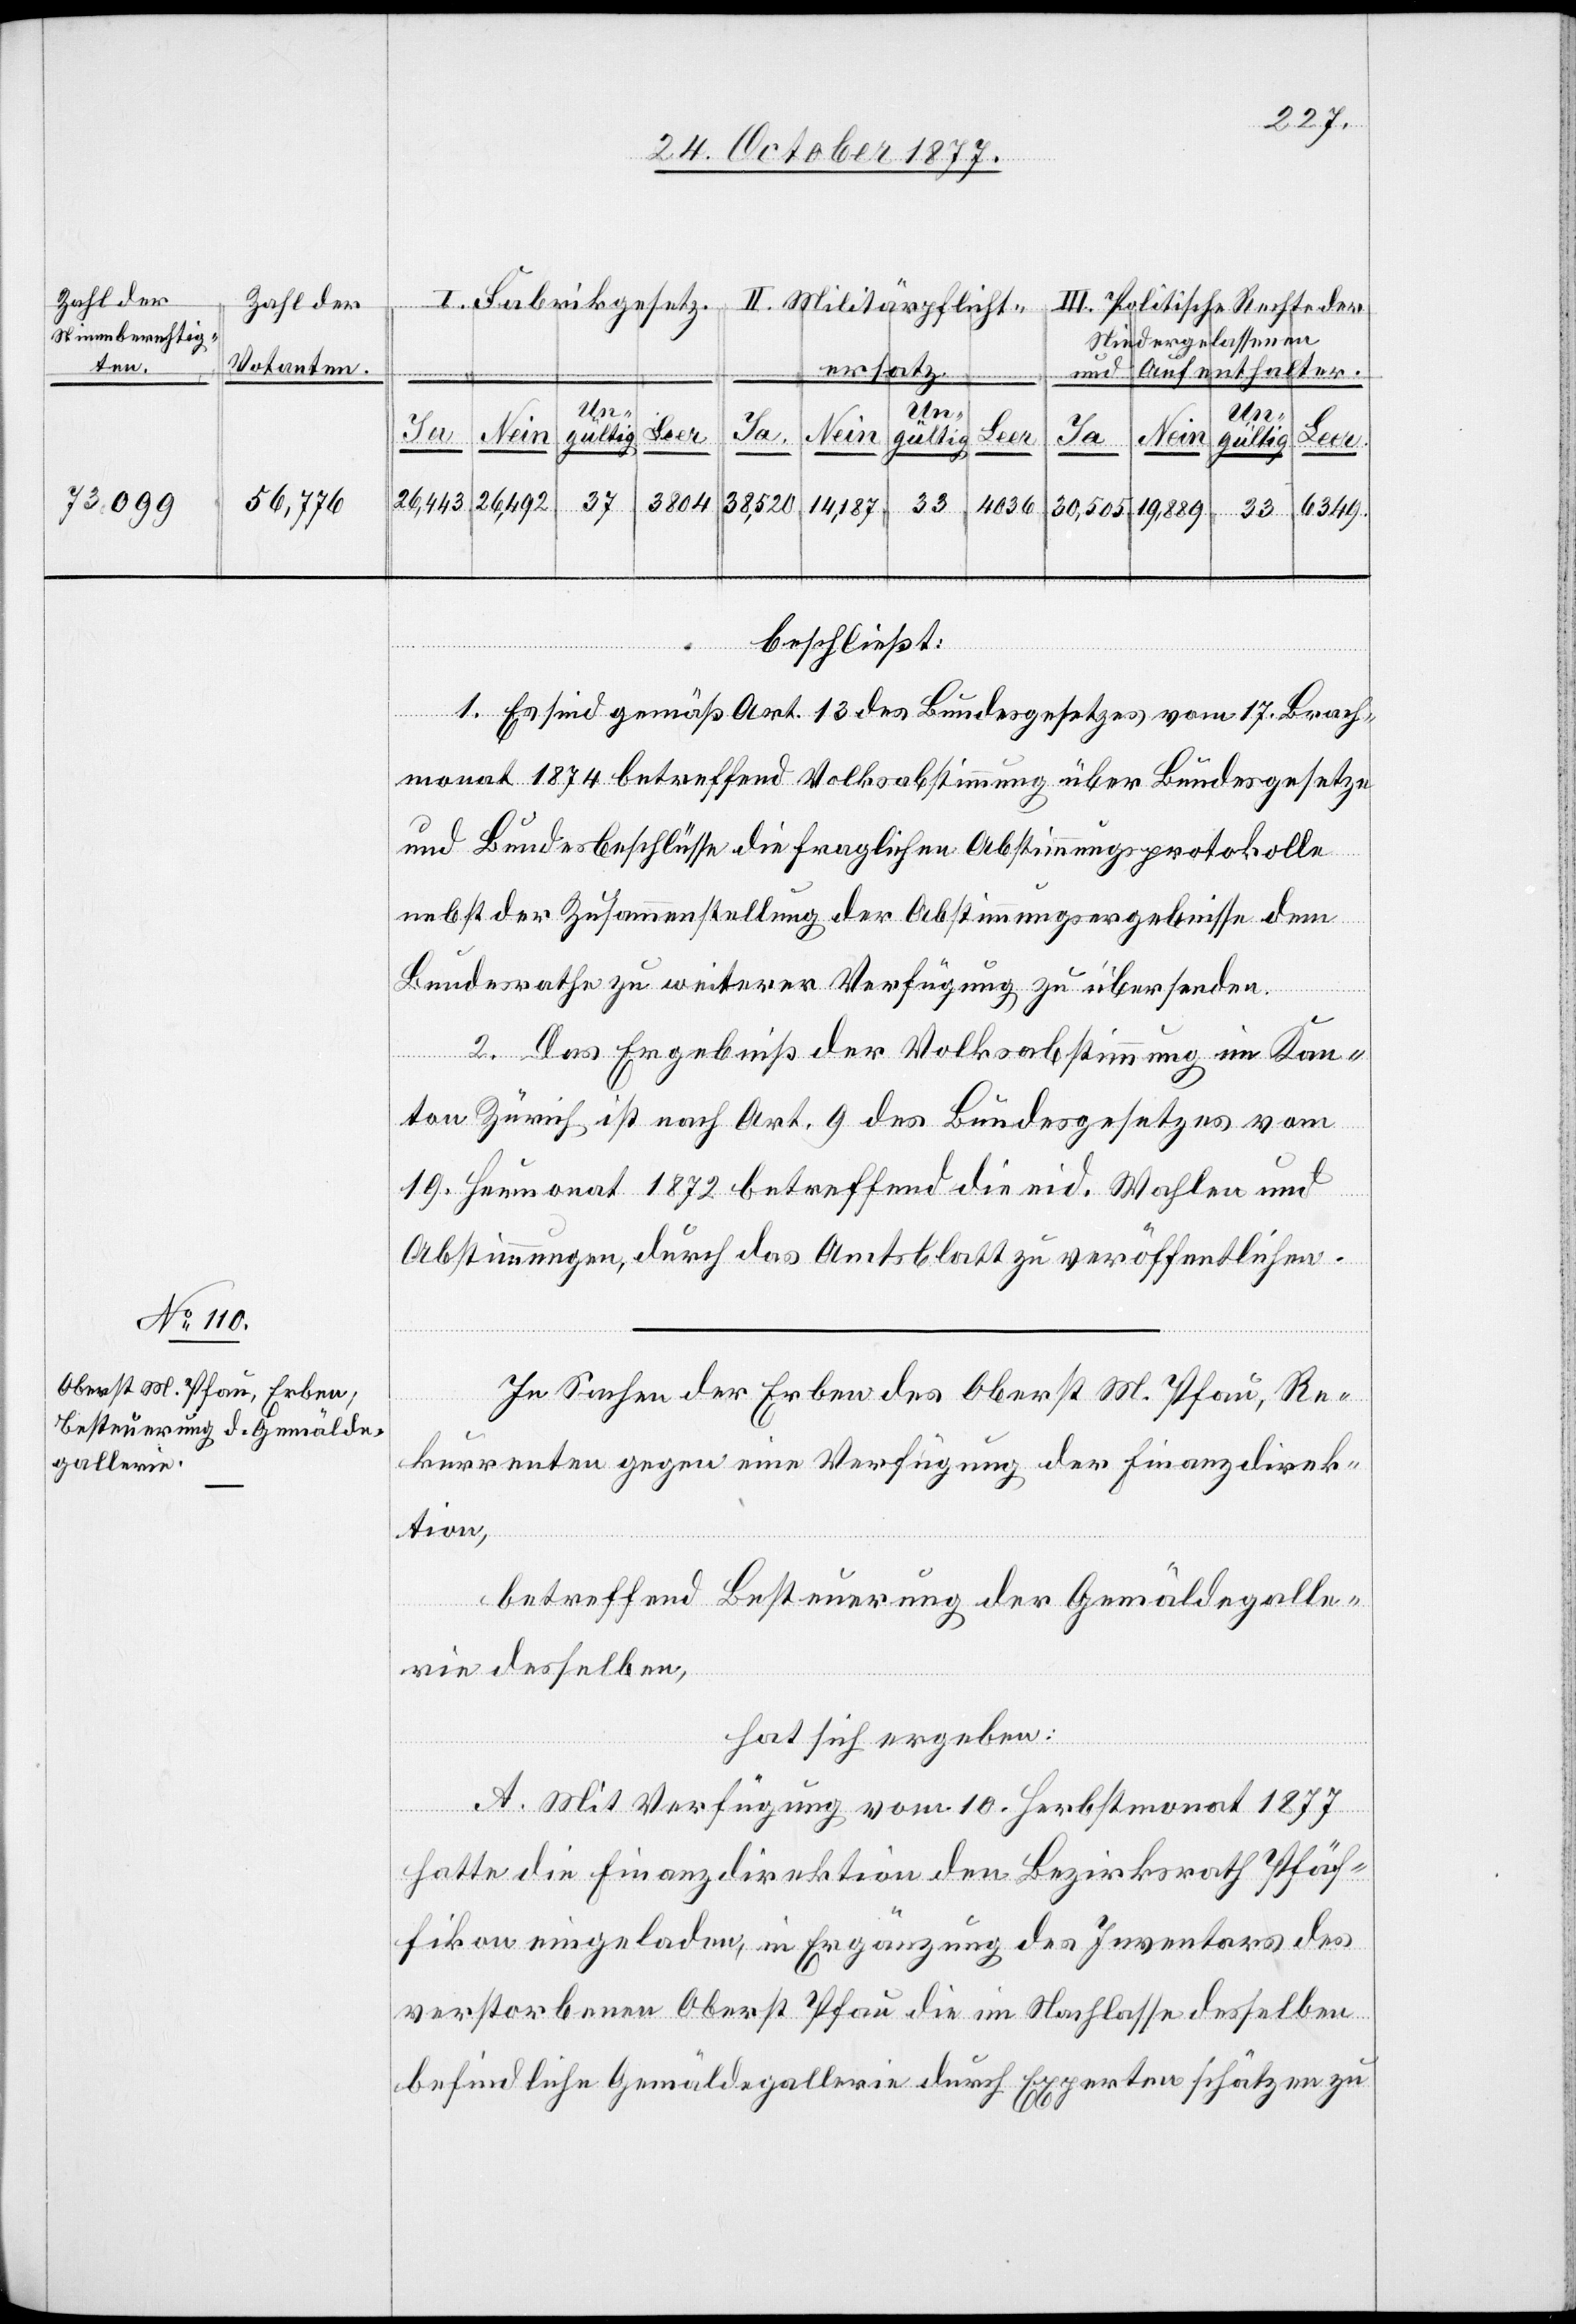
Zahl der
Zahl der
Stimmberechtig¬
ten.
Votanten.
56,776
73,099

I. Fabrikgesetz.
III. Politische Rechte der
II. Militärpflicht¬
dergelassenen
Nie¬
und
Aufenthalter.
Leer.
Nein
Un¬
gültig
26,443
3804
37
26,492
4036
38,520
14,187
6349.
30,505
33
19,889
beschließt:
1. Es sind gemäß Art. 13 des Bundesgesetzes vom 17. Brach¬
monat 1874 betreffend Volksabstimmung über Bundesgesetze
und Bundesbeschlüsse die fraglichen Abstimmungsprotokolle
nebst der Zusammenstellung der Abstimmungsergebnisse dem
Bundesrathe zu weiterer Verfügung zu übersenden.
ersatz.
2. Das Ergebniß der Volksabstimmung im Kan¬
ton Zürich ist nach Art. 9 des Bundesgesetzes vom
19. Heumonat 1872 betreffend die eid. Wahlen und
Abstimmungen, durch das Amtsblatt zu veröffentlichen.
In Sachen der Erben des Oberst M. Pfau, Re¬
kurrenten gegen eine Verfügung der Finanzdirek¬
tion,
betreffend Besteuerung der Gemäldegalle¬
rie desselben,
hat sich ergeben:
A. Mit Verfügung vom 10. Herbstmonat 1877
hatte die Finanzdirektion den Bezirksrath Pfäf¬
fikon eingeladen, in Ergänzung des Inventars des
verstorbenen Oberst Pfau die im Nachlasse desselben
befindliche Gemäldegallerie durch Experten schätzen zu